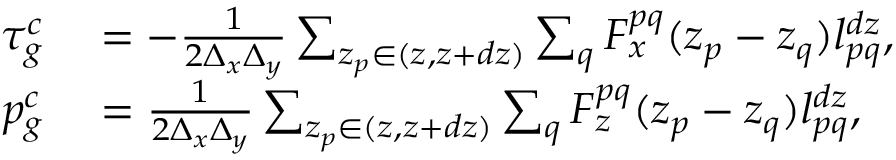
\begin{array} { r l } { \tau _ { g } ^ { c } } & { { } = - \frac { 1 } { 2 \Delta _ { x } \Delta _ { y } } \sum _ { z _ { p } \in ( z , z + d z ) } \sum _ { q } F _ { x } ^ { p q } ( z _ { p } - z _ { q } ) l _ { p q } ^ { d z } , } \\ { p _ { g } ^ { c } } & { { } = \frac { 1 } { 2 \Delta _ { x } \Delta _ { y } } \sum _ { z _ { p } \in ( z , z + d z ) } \sum _ { q } F _ { z } ^ { p q } ( z _ { p } - z _ { q } ) l _ { p q } ^ { d z } , } \end{array}